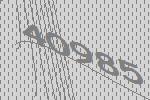
40985